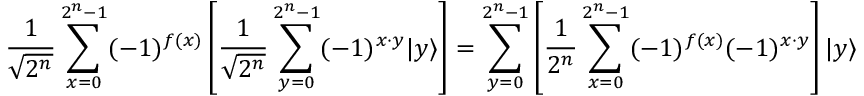
{ \frac { 1 } { \sqrt { 2 ^ { n } } } } \sum _ { x = 0 } ^ { 2 ^ { n } - 1 } ( - 1 ) ^ { f ( x ) } \left[ { \frac { 1 } { \sqrt { 2 ^ { n } } } } \sum _ { y = 0 } ^ { 2 ^ { n } - 1 } ( - 1 ) ^ { x \cdot y } | y \rangle \right] = \sum _ { y = 0 } ^ { 2 ^ { n } - 1 } \left[ { \frac { 1 } { 2 ^ { n } } } \sum _ { x = 0 } ^ { 2 ^ { n } - 1 } ( - 1 ) ^ { f ( x ) } ( - 1 ) ^ { x \cdot y } \right] | y \rangle